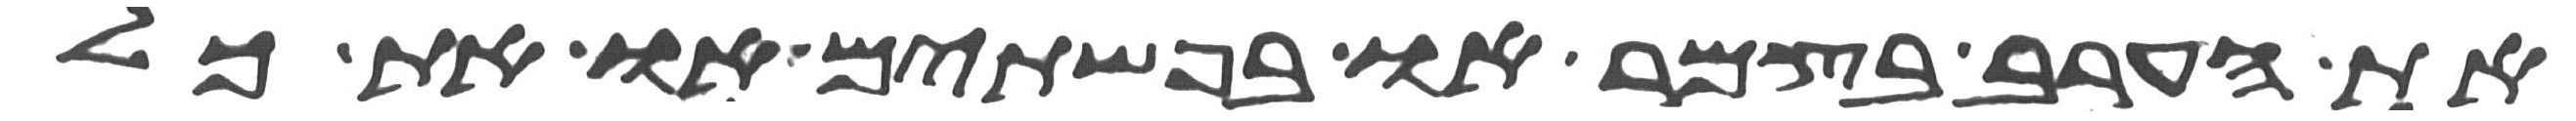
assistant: את הערב בצמר או בפשתים או את כל